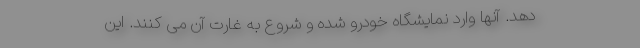
دهد. آنها وارد نمایشگاه خودرو شده و شروع به غارت آن می کنند. این